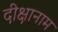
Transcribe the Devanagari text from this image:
दीक्षानाम